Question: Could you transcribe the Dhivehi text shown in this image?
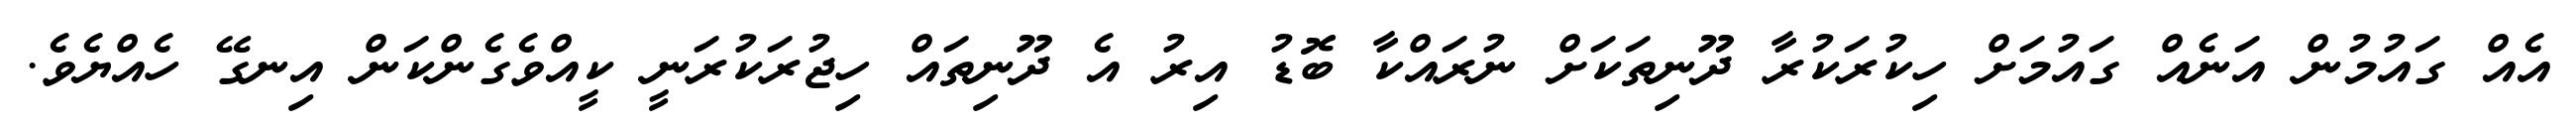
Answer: އެއް ގައުމުން އަނެއް ގައުމަށް ހިކުރަކުރާ ދޫނިތަކަށް ނުރައްކާ ބޮޑު އިރު އެ ދޫނިތައް ހިޖުރަކުރަނީ ކީއްވެގެންކަން އިނގޭ ހެއްޔެވެ.